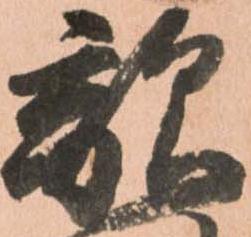
敵